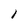
Character: 1